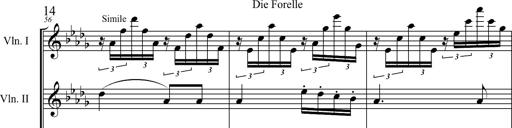
Title: 6 Melodien von Franz Schubert
Composer: Franz Liszt